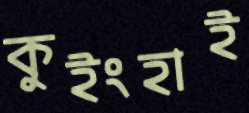
কুইংহাই